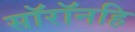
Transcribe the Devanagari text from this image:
सॉरॉनहि